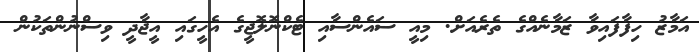
އަމާޒު ހިފާފައިވާ ޒަމާނެއްގެ ތެރެއަށް. މިއީ ސައެންސާއި ޓެކްނޮލޮޖީގެ އެހީގައި އީޖާދީ ވިސްނުންތަކުން